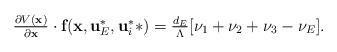
LaTeX: \begin{align*} \left. \begin{array}{l l} \frac{\partial V(\textbf{x})}{\partial \textbf{x}}\cdot \textbf{f}(\textbf{x},\textbf{u}_E^*,\textbf{u}_i^**) = \frac{d_E }{\Lambda} [ \nu_1 +\nu_2 +\nu_3 -\nu_E] .\end{array} \right. \end{align*}